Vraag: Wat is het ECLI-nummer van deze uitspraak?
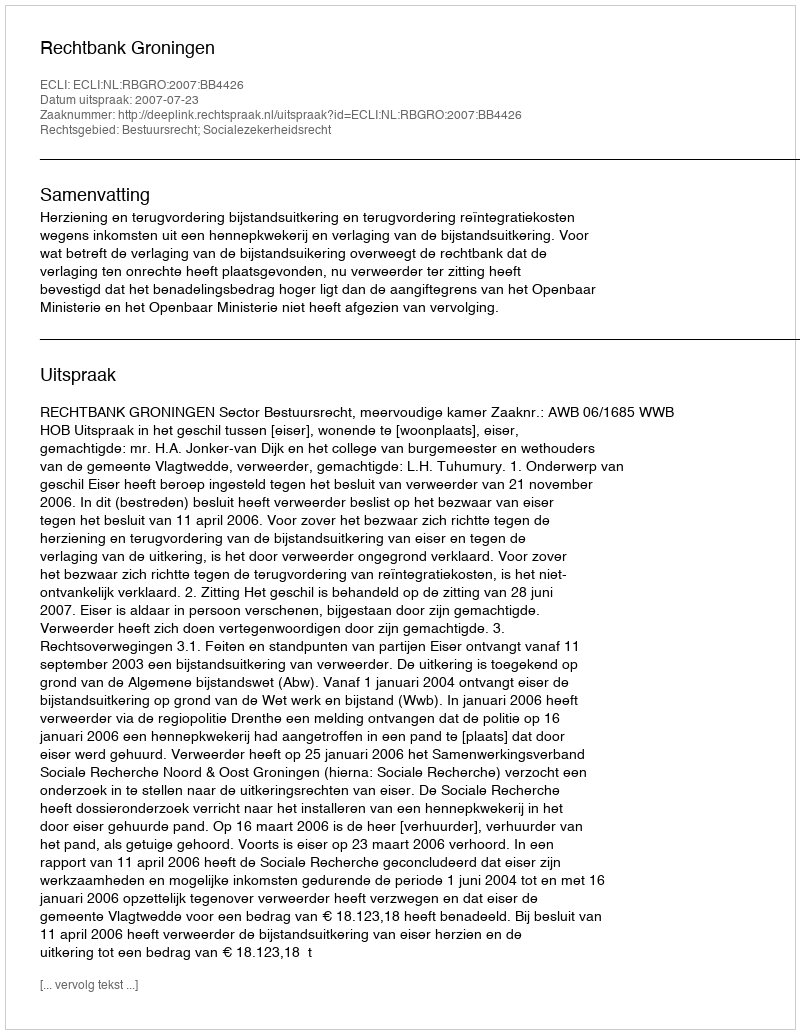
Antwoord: ECLI:NL:RBGRO:2007:BB4426